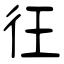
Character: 彺